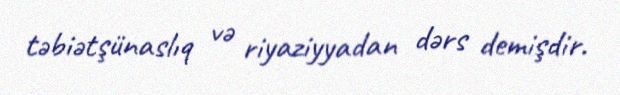
təbiətşünaslıq və riyaziyyadan dərs demişdir.